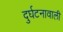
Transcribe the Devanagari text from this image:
दुर्घटनावाली